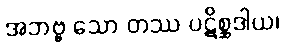
အဘဗ္ဗ သော တဿ ပဋိစ္ဆဒါယ၊